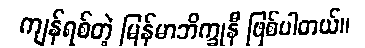
ကျန်ရစ်တဲ့ မြန်မာဘိက္ခုနီ ဖြစ်ပါတယ်။